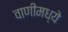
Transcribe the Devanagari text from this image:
वाणीमध्ये